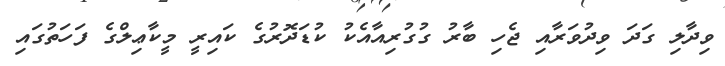
ވިދާލި ގަދަ ވިދުވަރާއި ޖެހި ބާރު ގުގުރިއާއެކު ކުޑަދޮރުގެ ކައިރީ މީކާޢިލްގެ ފަހަތުގައި